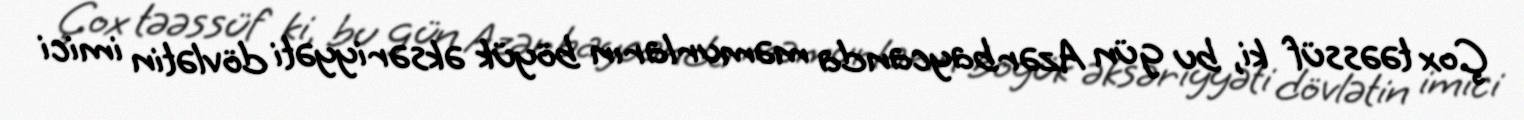
Çox təəssüf ki, bu gün Azərbaycanda məmurların böyük əksəriyyəti dövlətin imici